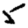
Digit: 5